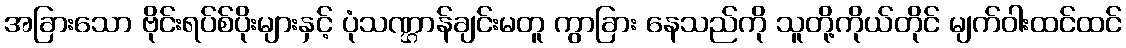
အခြားသော ဗိုင်းရပ်စ်ပိုးများနှင့် ပုံသဏ္ဌာန်ချင်းမတူ ကွာခြား နေသည်ကို သူတို့ကိုယ်တိုင် မျက်ဝါးထင်ထင်